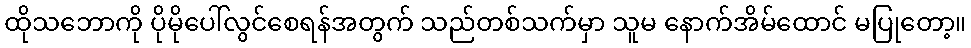
ထိုသဘောကို ပိုမိုပေါ်လွင်စေရန်အတွက် သည်တစ်သက်မှာ သူမ နောက်အိမ်ထောင် မပြုတော့။